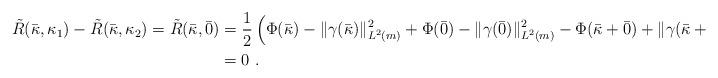
LaTeX: \begin{align*}\tilde{R}(\bar{\kappa},\kappa_1) - \tilde{R}(\bar{\kappa},\kappa_2) = \tilde{R}(\bar{\kappa},\bar{0}) &= \frac{1}{2}\left( \Phi(\bar{\kappa}) - \|\gamma(\bar{\kappa})\|_{L^2(m)}^2 +\Phi(\bar{0})- \|\gamma(\bar{0})\|_{L^2(m)}^2 - \Phi(\bar{\kappa}+\bar{0}) + \|\gamma(\bar{\kappa}+\bar{0})\|_{L^2(m)}^2 \right)\\&=0\ .\end{align*}